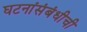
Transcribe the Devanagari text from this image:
घटनांसंबंधीची